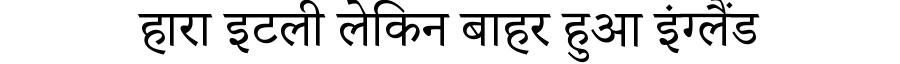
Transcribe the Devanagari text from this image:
हारा इटली लेकिन बाहर हुआ इंग्लैंड